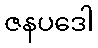
ဇနပဒေါ